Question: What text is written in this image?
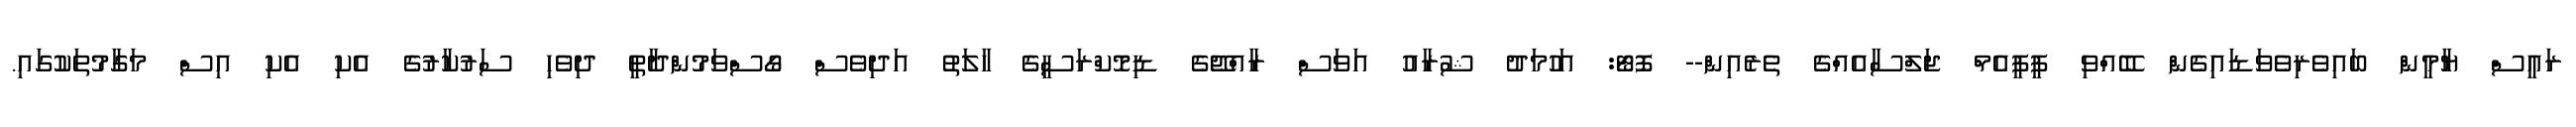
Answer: ރައީސް ޔާމީން ބައިވެރިވެވަޑައިގެން ބޭއްވި ޕީޕީއެމް ޖަލްސާއެއްގެ ތެރެއިން-- ފޮޓޯ: އަހުމަދު ޝުރާއު އަވަސް ރާއްޖޭގެ ޑިމޮކްރަސީގެ ހާލަތު އަދިވެސް ގޯސްވަމުންދާތީ ދިވެހި ސަރުކާރުގެ އެކި އެކި އިސް މަގާމުތަކުގައި.